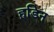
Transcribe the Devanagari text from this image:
हूडिन